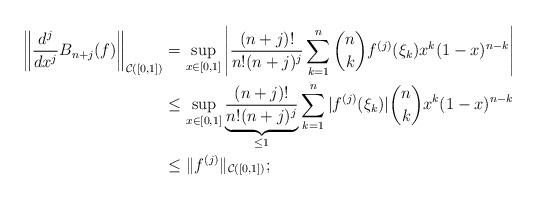
LaTeX: \begin{align*}\left\| \frac{d^j}{dx^j} B_{n+j}(f) \right\|_{\mathcal C([0, 1])} & = \sup_{x \in [0, 1]} \left| \frac{(n+j)!}{n!(n+j)^j} \sum_{k=1}^n \binom{n}{k} f^{(j)}(\xi_k) x^k (1 - x)^{n-k} \right| \\& \le \sup_{x \in [0, 1]} \underbrace{\frac{(n+j)!}{n!(n+j)^j}}_{\le 1} \sum_{k=1}^n |f^{(j)}(\xi_k)| \binom{n}{k} x^k (1 - x)^{n-k} \\& \le \|f^{(j)}\|_{\mathcal C([0, 1])};\end{align*}